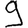
Digit: 9